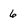
Character: 6